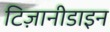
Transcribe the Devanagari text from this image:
टिज़ानीडाइन